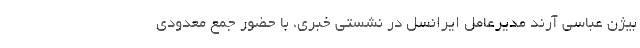
بیژن عباسی آرند مدیرعامل ایرانسل در نشستی خبری، با حضور جمع معدودی